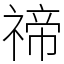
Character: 禘